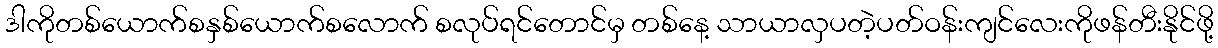
ဒါကိုတစ်ယောက်စနှစ်ယောက်စလောက် စလုပ်ရင်တောင်မှ တစ်နေ့ သာယာလှပတဲ့ပတ်ဝန်းကျင်လေးကိုဖန်တီးနိုင်ဖို့